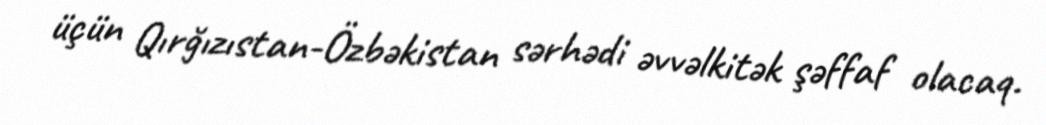
üçün Qırğızıstan-Özbəkistan sərhədi əvvəlkitək şəffaf olacaq.